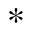
^ { * }